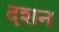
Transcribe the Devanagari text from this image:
दशन